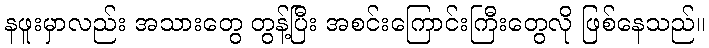
နဖူးမှာလည်း အသားတွေ တွန့်ပြီး အစင်းကြောင်းကြီးတွေလို ဖြစ်နေသည်။